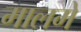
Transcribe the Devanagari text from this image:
मालमे